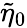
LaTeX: \tilde{\eta}_{0}